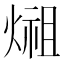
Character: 𤍄